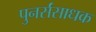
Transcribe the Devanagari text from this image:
पुनर्संसाधक